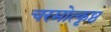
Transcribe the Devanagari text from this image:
चरमोत्कृष्ठ